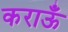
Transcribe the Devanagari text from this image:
कराऊँ